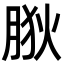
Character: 𦛡